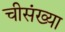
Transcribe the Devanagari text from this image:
चीसंख्या